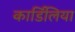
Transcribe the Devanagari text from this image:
कार्डिलिया